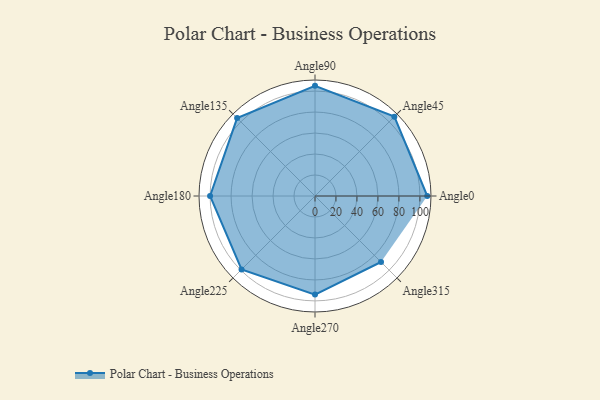
{"axis": {"x": "Angle", "y": "Radius"}, "legend": [""], "data": [{"x": "Angle0", "y": 107.0, "type": ""}, {"x": "Angle45", "y": 107.0, "type": ""}, {"x": "Angle90", "y": 105.0, "type": ""}, {"x": "Angle135", "y": 105.0, "type": ""}, {"x": "Angle180", "y": 100.0, "type": ""}, {"x": "Angle225", "y": 99.0, "type": ""}, {"x": "Angle270", "y": 94.0, "type": ""}, {"x": "Angle315", "y": 89.0, "type": ""}]}